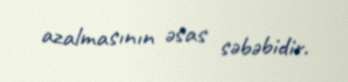
azalmasının əsas səbəbidir.